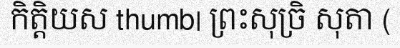
កិត្តិយស thumb| ព្រះសុច្រិ សុតា (